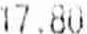
17.80